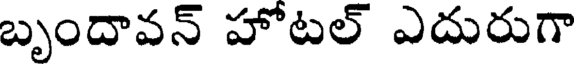
బృందావన్ హోటల్ ఎదురుగా